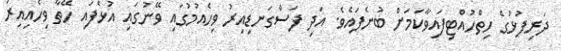
ދަރިފުޅުގެ ހިތްހުއްޓިފައިވާކަމަށް ބުނެފައެވެ. އަދި ފަސްގަނޑިއިރު ވިހެއުމުގައި ވޭނުގައި އުޅެފައި ހޭތާ ވިހެއިއިރު